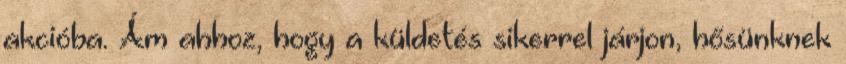
akcióba. Ám ahhoz, hogy a küldetés sikerrel járjon, hősünknek